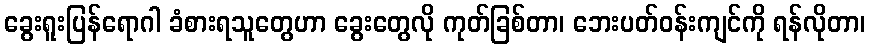
ခွေးရူးပြန်ရောဂါ ခံစားရသူတွေဟာ ခွေးတွေလို ကုတ်ခြစ်တာ၊ ဘေးပတ်ဝန်းကျင်ကို ရန်လိုတာ၊